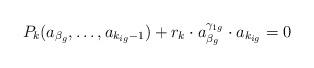
LaTeX: \begin{align*}P_k(a_{\beta_g},\ldots ,a_{k_{ig}-1})+r_k \cdot a_{\beta_g}^{\gamma_{1g}} \cdot a_{k_{ig}}=0\end{align*}